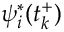
\psi _ { i } ^ { * } ( t _ { k } ^ { + } )